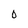
Character: 0